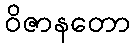
ဝိဇာနတော